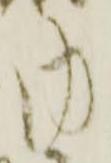
内